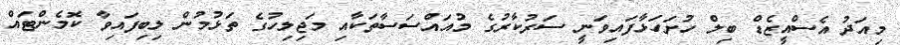
މިއަދު އެސްއީޒެޑް ބިލް ހުށަހަޅާފައިވަނީ ސަރުކާރުގެ މުއައްސަސާތަކާއި މަޖިލިހުގެ ތަޅުމުން ލިބިފައިވާ ކޮމެންޓައް